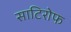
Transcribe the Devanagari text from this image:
साटिरोफ